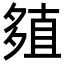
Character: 𡖻